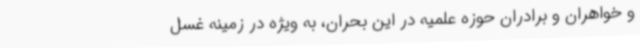
و خواهران و برادران حوزه علمیه در این بحران، به ویژه در زمینه غسل